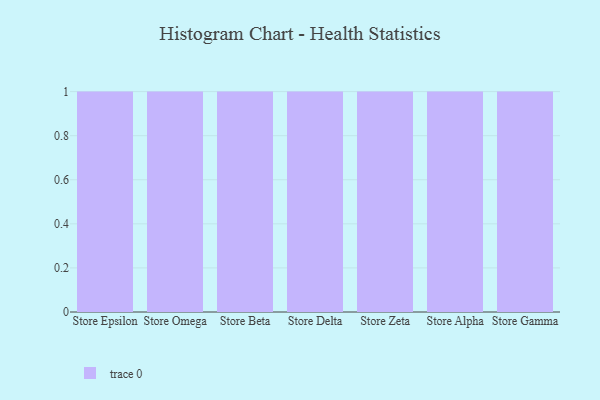
{"axis": {"x": "Store", "y": "Tickets Resolved"}, "legend": [""], "data": [{"x": "Store Epsilon", "y": 79, "type": ""}, {"x": "Store Omega", "y": 50, "type": ""}, {"x": "Store Beta", "y": 58, "type": ""}, {"x": "Store Delta", "y": 39, "type": ""}, {"x": "Store Zeta", "y": 50, "type": ""}, {"x": "Store Alpha", "y": 84, "type": ""}, {"x": "Store Gamma", "y": 7, "type": ""}]}